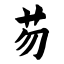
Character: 芴